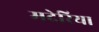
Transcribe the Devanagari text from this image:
मदेरिया